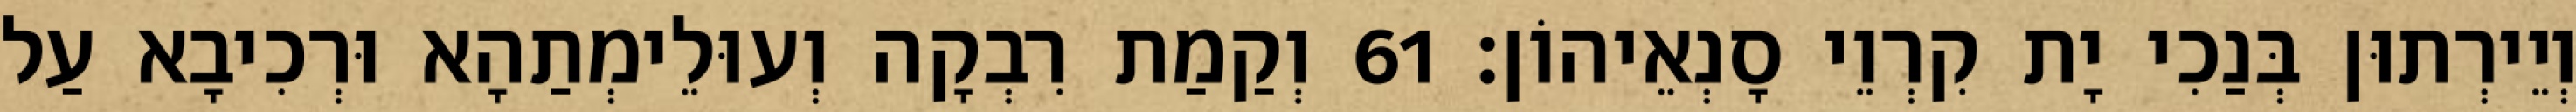
וְיֵירְתוּן בְּנַכִי יָת קִרְוֵי סָנְאֵיהוֹן׃ 61 וְקַמַת רִבְקָה וְעוּלֵימְתַהָא וּרְכִיבָא עַל